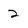
Character: 2